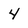
Character: 4